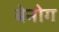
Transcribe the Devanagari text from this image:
बेनोग